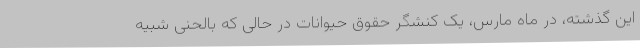
این گذشته، در ماه مارس، یک کنشگر حقوق حیوانات در حالی که بالحنی شبیهِ